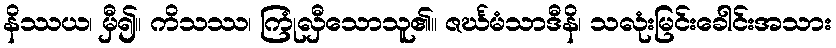
နိဿယ၊ မှီ၍။ ကိသဿ၊ ကြုံလှီသောသူ၏။ ဇင်္ဃမံသာဒီနိ၊ သလုံးမြင်းခေါင်းအသား